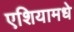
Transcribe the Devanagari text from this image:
एशियामधे